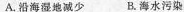
A.沿海湿地减少 B.海水污染